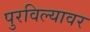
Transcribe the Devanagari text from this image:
पुरविल्यावर